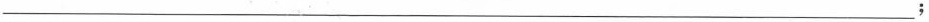
___;